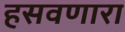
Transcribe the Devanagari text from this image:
हसवणारा